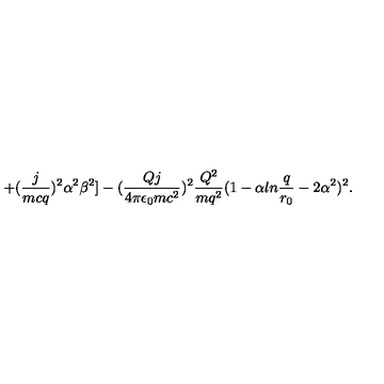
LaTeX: + ( { \frac { j } { m c q } } ) ^ { 2 } \alpha ^ { 2 } \beta ^ { 2 } ] - ( { \frac { Q j } { 4 \pi \epsilon _ { 0 } m c ^ { 2 } } } ) ^ { 2 } { \frac { Q ^ { 2 } } { m q ^ { 2 } } } ( 1 - \alpha l n { \frac { q } { r _ { 0 } } } - 2 \alpha ^ { 2 } ) ^ { 2 } .